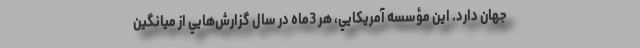
جهان دارد. اين مؤسسه آمريكايي، هر 3‌ماه در سال گزارش‌هايي از ميانگين